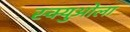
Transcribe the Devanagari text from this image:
स्क्युओला